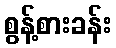
စွန့်စားခန်း